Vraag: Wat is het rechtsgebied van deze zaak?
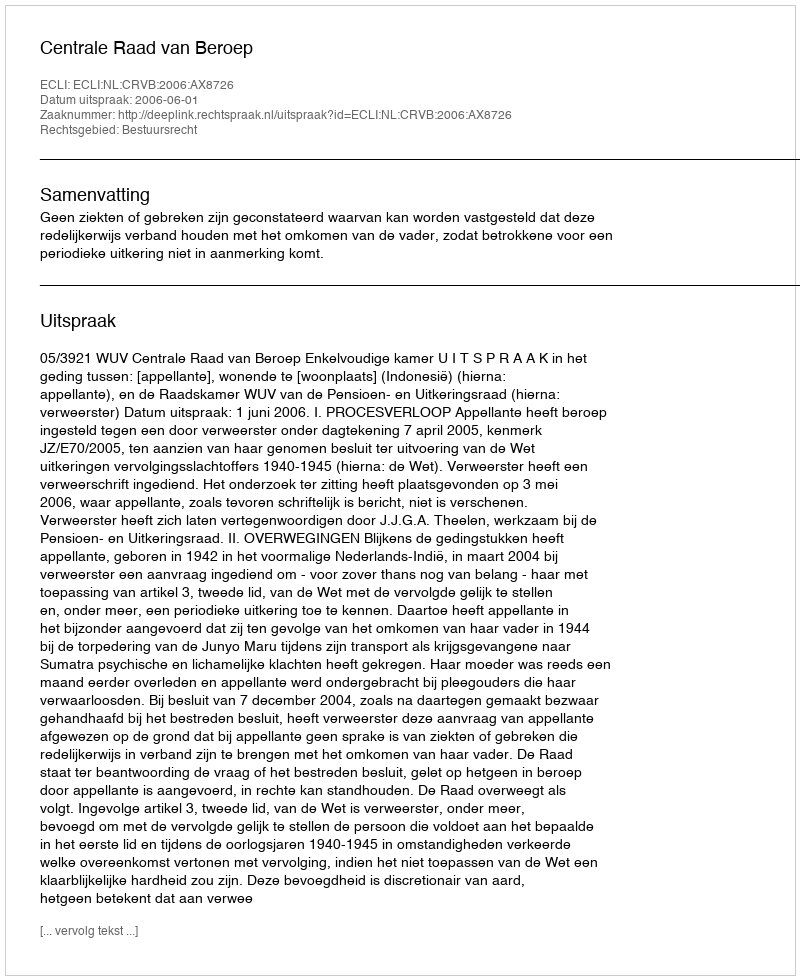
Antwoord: Bestuursrecht